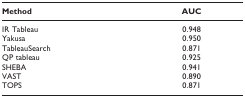
<table><thead><tr><td><b>Method</b></td><td><b>AUC</b></td></tr></thead><tbody><tr><td>IR Tableau</td><td>0.948</td></tr><tr><td>Yakusa</td><td>0.950</td></tr><tr><td>TableauSearch</td><td>0.871</td></tr><tr><td>QP tableau</td><td>0.925</td></tr><tr><td>SHEBA</td><td>0.941</td></tr><tr><td>VAST</td><td>0.890</td></tr><tr><td>TOPS</td><td>0.871</td></tr></tbody></table>